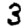
Digit: 3